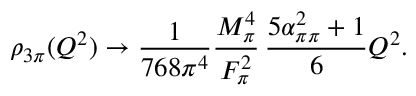
\rho _ { 3 \pi } ( Q ^ { 2 } ) \rightarrow \frac { 1 } { 7 6 8 \pi ^ { 4 } } \frac { M _ { \pi } ^ { 4 } } { F _ { \pi } ^ { 2 } } \, \frac { 5 \alpha _ { \pi \pi } ^ { 2 } + 1 } { 6 } Q ^ { 2 } .